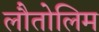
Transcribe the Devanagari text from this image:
लौतोलिम